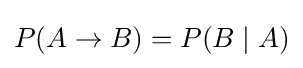
P(A\rightarrow B)=P(B\mid A)